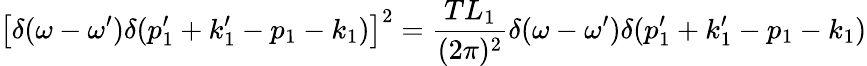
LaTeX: \left[\delta(\omega-\omega^{\prime})\delta(p_{1}^{\prime}+k_{1}^{\prime}-p_{1}-k_{1})\right]^{2}={\frac{TL_{1}}{(2\pi)^{2}}}\delta(\omega-\omega^{\prime})\delta(p_{1}^{\prime}+k_{1}^{\prime}-p_{1}-k_{1})